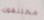
مختلفون